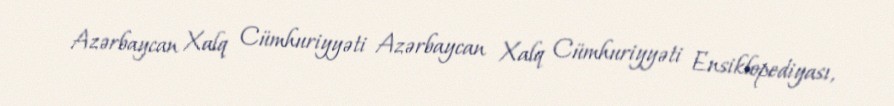
Azərbaycan Xalq Cümhuriyyəti Azərbaycan Xalq Cümhuriyyəti Ensiklopediyası,